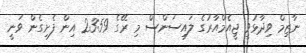
ނާޒިމް ވިދާޅުވީ ޖީއެމްއާރުގެ ލައިސަންސް މި ރޭގެ 23:59 އިން ފެށިގެން ވަނީ